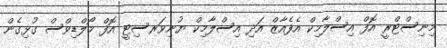
މިނިސްޓްރީ އޮފް އިސްލާމިކް އެފެއާޒް އަދި އިސްލާމިކް ޔުނިވަރސިޓީ އޮފް މޯލްޑިވްސް ގުޅިގެން